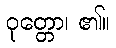
ဝုတ္တော၊ ၏။